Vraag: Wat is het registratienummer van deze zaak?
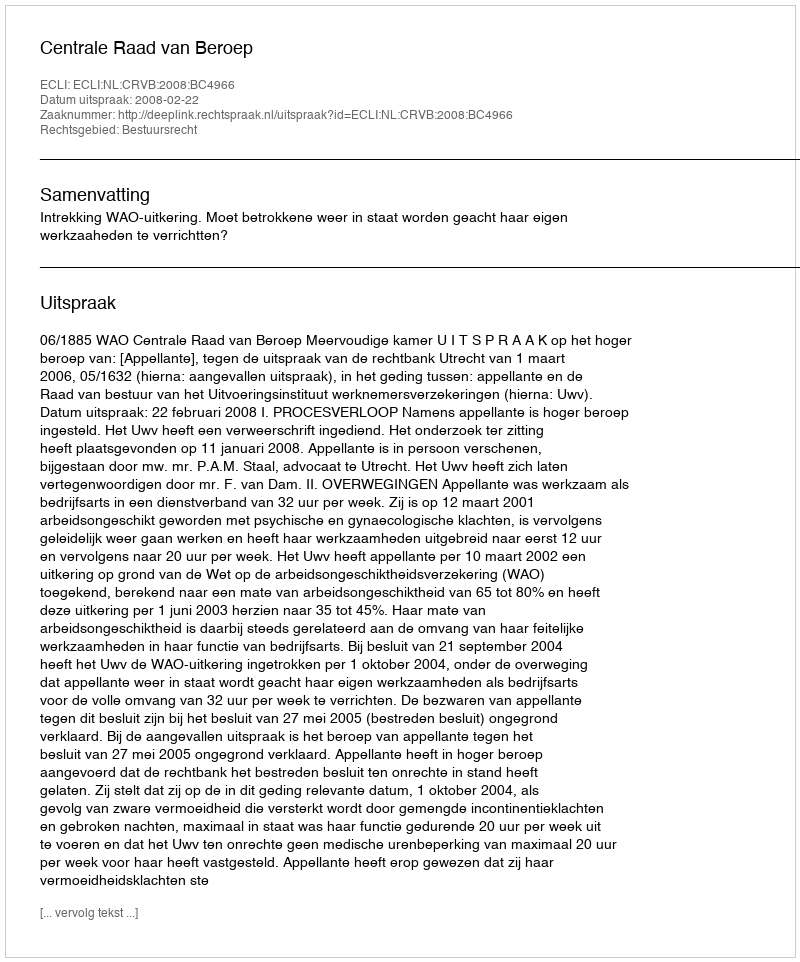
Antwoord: http://deeplink.rechtspraak.nl/uitspraak?id=ECLI:NL:CRVB:2008:BC4966